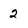
Character: 2